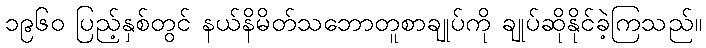
၁၉၆၀ ပြည့်နှစ်တွင် နယ်နိမိတ်သဘောတူစာချုပ်ကို ချုပ်ဆိုနိုင်ခဲ့ကြသည်။